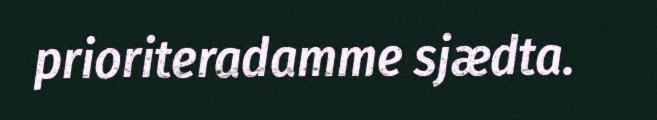
prioriteradamme sjædta.